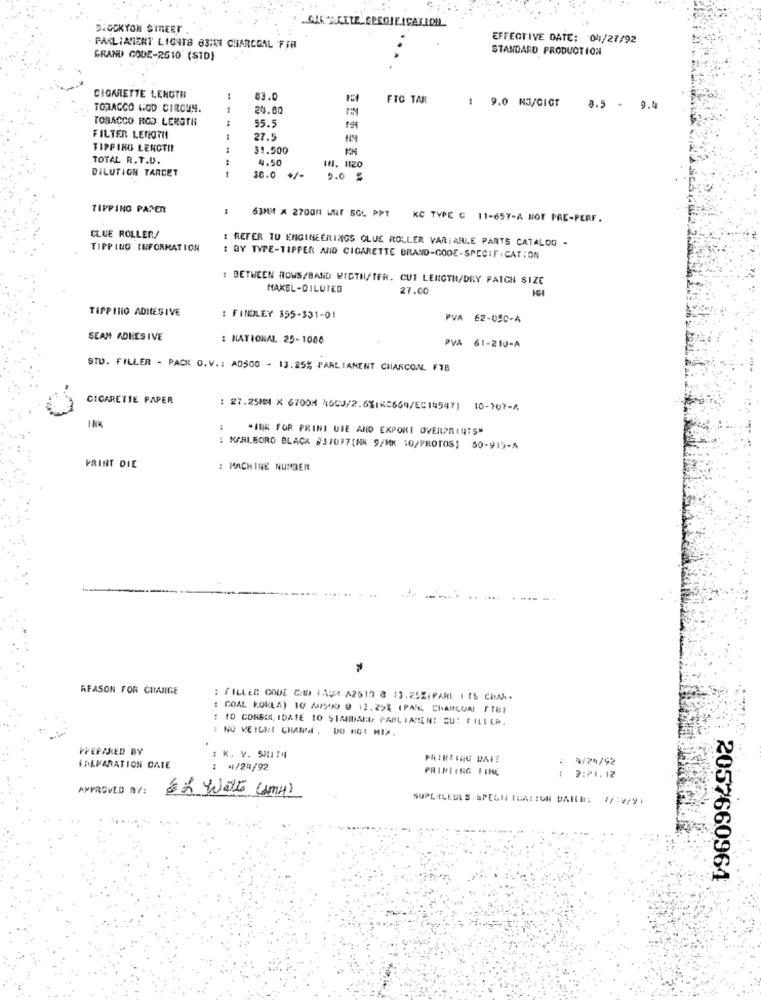
DOCKYON STREET .
EFFECTIVE DATE: 04/27/92
PARLIAMENT LIG418 83101 CHARCOAL FIR
STANDARD PRODUCTION
GRAND CODE-2610 (STD)
CIGARETTE LENGTH
1
83.0
FTC TAR
: 9.0 NO/CIGT
TOJACCO HOD CIRCUN.
24.80
8.5 - 9
TOBACCO ROD LEROTH
55.9
FILTER LENGTH
27.5
14
TIPPING LERCTI!
31.500
TOTAL R.T.D.
4.50
DILUTION TARCET
--
If. 1120
SO.O
5.0 %
TIPPING PAPER
63MM X 2700H WNif 5GL PPY
KC TYPE C 11-657-A HOY PRE-PERF.
CLUE ROLLER/
: REFER TO ENGINEERINGS GLUE ROLLER VARIARLE PARTS CATALOG -
TIPPING INFORMATION
: BY TYPE-TIPPER AND CIGARETTE BRAND-CODE-SPECIFICATION
1 BETWEEN ROWS/BAND WIDTH/TFR. CUT LENGTIM/DRY PATCH SIZE
MAKEL-DILUTED
27.00
TIPPINIO ADILESIVE
: FINDLEY 355-331-01
PVA 62-050-4
SEAM ADHESIVE
: NATIONAL 25-1088
PVA 61-210-A
STU. FILLER - PACK O.V .: A0500 - 13.25% PARLIANENT CHARCON. F18
CIGARETTE PAPER
: 27.25MM X 6700M 46CU/2.6%IKC669/EC14547] 10-707-A
"INK FOR PRINI DIE AND EXPORT OVERPRINTS"
: MARLBORO BLACK #37077(NK 9/MK 10/PROTOS] 50-915-A
PRINT DIE
: MACHINE NUMBER
REASON FOR CIMIIGE
: FILLER CODE GID 1APR AZ819 8 13.252(PARL 1 TS CIA.
: COAL KOKLA) 10 /8500 9 13.25% (PAK CHARCOAL FTB}
: 10 CONSIN, IDATE 10 SIARUAEU PARLIAMENT CU: f ILILM.
: NO WEIGHT CHANDI, DO AGE MIX.
PREPARED BY
: k. V. SA1:4
PATHESHG DATE
9/24/92
TALPARATION DATE
: 4/24/92
PRINTING I THE
: 7:21.12
APPROVED NY:
6 2 WELT (AMA)
SUPLYLLUIS SPECIFICATION DAIID: 1/ 7/91
2057660964